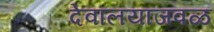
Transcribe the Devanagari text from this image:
देवालयाजवळ